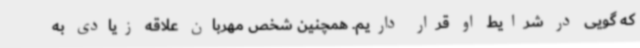
که گویی در شرایط او قرار داریم. همچنین شخص مهربان علاقه زیادی به